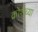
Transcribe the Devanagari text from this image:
क्रोशेच्या